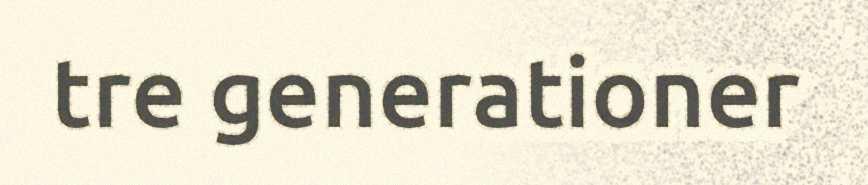
tre generationer